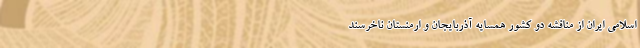
اسلامی ایران از مناقشه دو کشور همسایه آذربایجان و ارمنستان ناخرسند